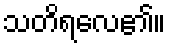
သတိရလေ၏။